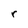
Character: r